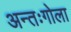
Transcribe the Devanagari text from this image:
अन्तःगोला